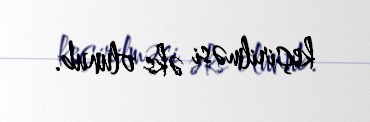
keçirilməsi əks olunub.